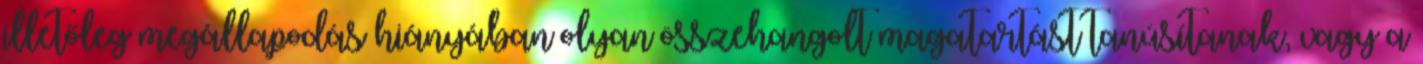
illetőleg megállapodás hiányában olyan összehangolt magatartást tanúsítanak, vagy a